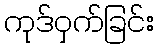
ကုဒ်ဝှက်ခြင်း